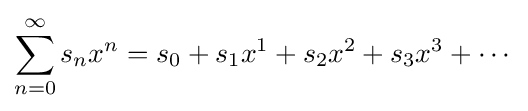
\sum _{n=0}^{\infty }s_{n}x^{n}=s_{0}+s_{1}x^{1}+s_{2}x^{2}+s_{3}x^{3}+\cdots